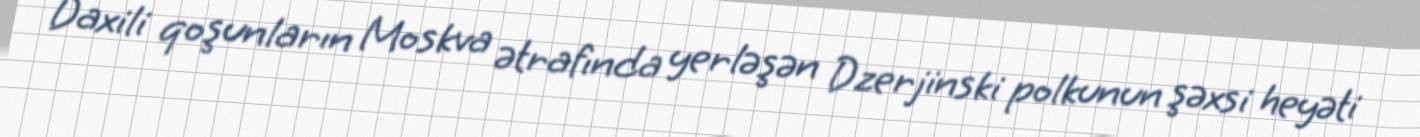
Daxili qoşunların Moskva ətrafında yerləşən Dzerjinski polkunun şəxsi heyəti